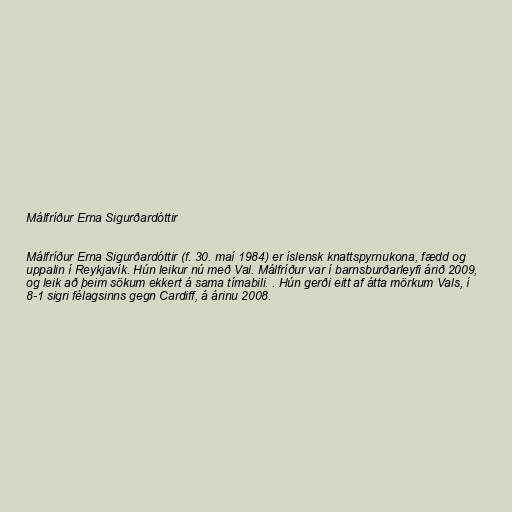
Málfríður Erna Sigurðardóttir

Málfríður Erna Sigurðardóttir (f. 30. maí 1984) er íslensk knattspyrnukona, fædd og
uppalin í Reykjavík. Hún leikur nú með Val. Málfríður var í barnsburðarleyfi árið 2009,
og leik að þeim sökum ekkert á sama tímabili. . Hún gerði eitt af átta mörkum Vals, í
8-1 sigri félagsinns gegn Cardiff, á árinu 2008.